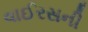
વાઈરસની